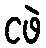
ငဖဲ